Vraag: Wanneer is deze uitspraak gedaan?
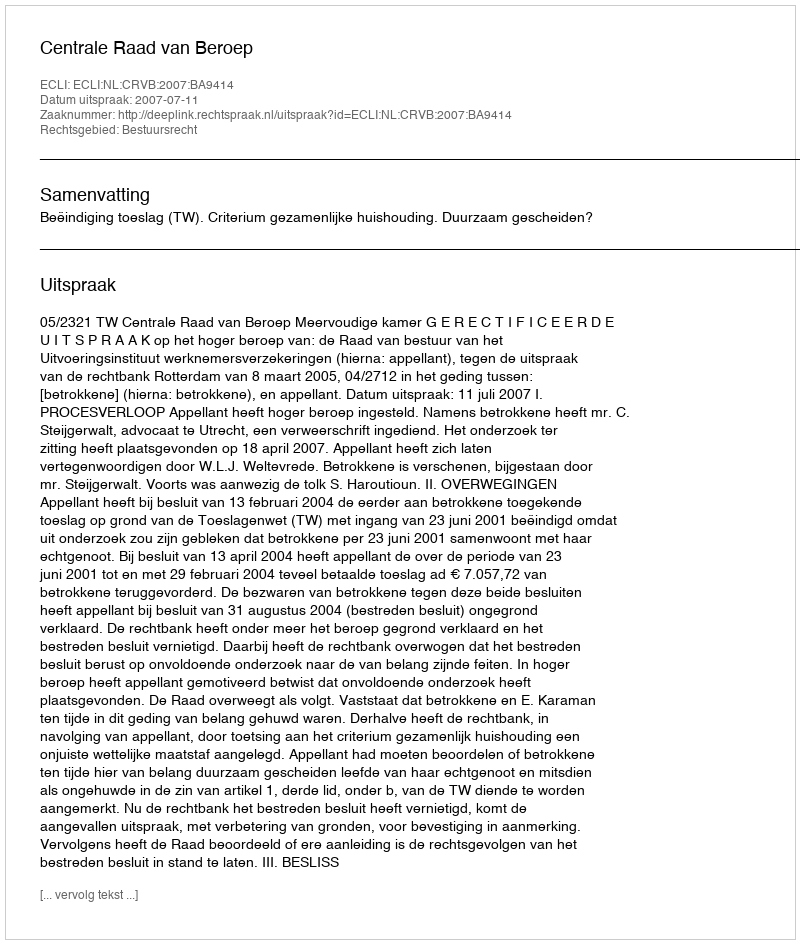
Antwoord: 2007-07-11